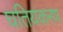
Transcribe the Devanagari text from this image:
घतियकरण